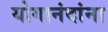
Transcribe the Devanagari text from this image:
योगानंदांना